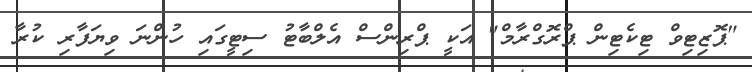
"ޕޮޒިޓިވް ޓިކެޓިން ޕްރޮގްރާމް" އަކީ ޕްރިންސް އެލްބާޓު ސިޓީގައި ހުންނަ ވިޔަފާރި ކުރާ